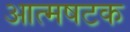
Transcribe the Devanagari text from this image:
आत्मषटक